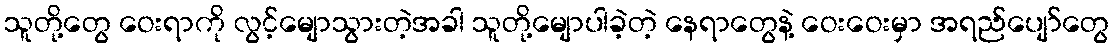
သူတို့တွေ ဝေးရာကို လွင့်မျောသွားတဲ့အခါ သူတို့မျောပါခဲ့တဲ့ နေရာတွေနဲ့ ဝေးဝေးမှာ အရည်ပျော်တွေ